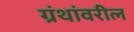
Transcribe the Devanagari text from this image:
ग्रंथांवरील